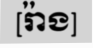
[រ៉ាង]